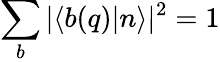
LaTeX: \sum_{b}|\langle b(q)|n\rangle|^{2}=1